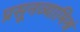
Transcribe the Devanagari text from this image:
प्रसूनव्यामिश्रं